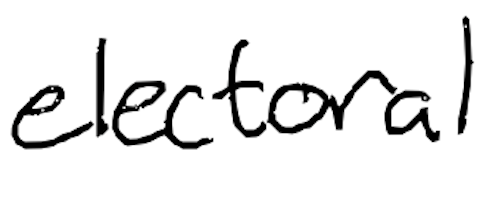
Text: electoral
Cross-out: clean
Writing tool: digital_black